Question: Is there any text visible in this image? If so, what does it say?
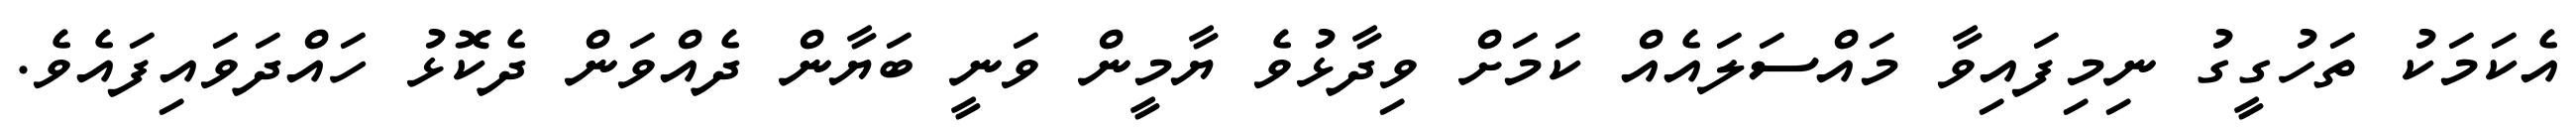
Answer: އެކަމަކު ތަހުގީގު ނިމިފައިވާ މައްސަލައެއް ކަމަށް ވިދާޅުވެ ޔާމީން ވަނީ ބަޔާން ދެއްވަން ދެކޮޅު ހައްދަވައިފައެވެ.